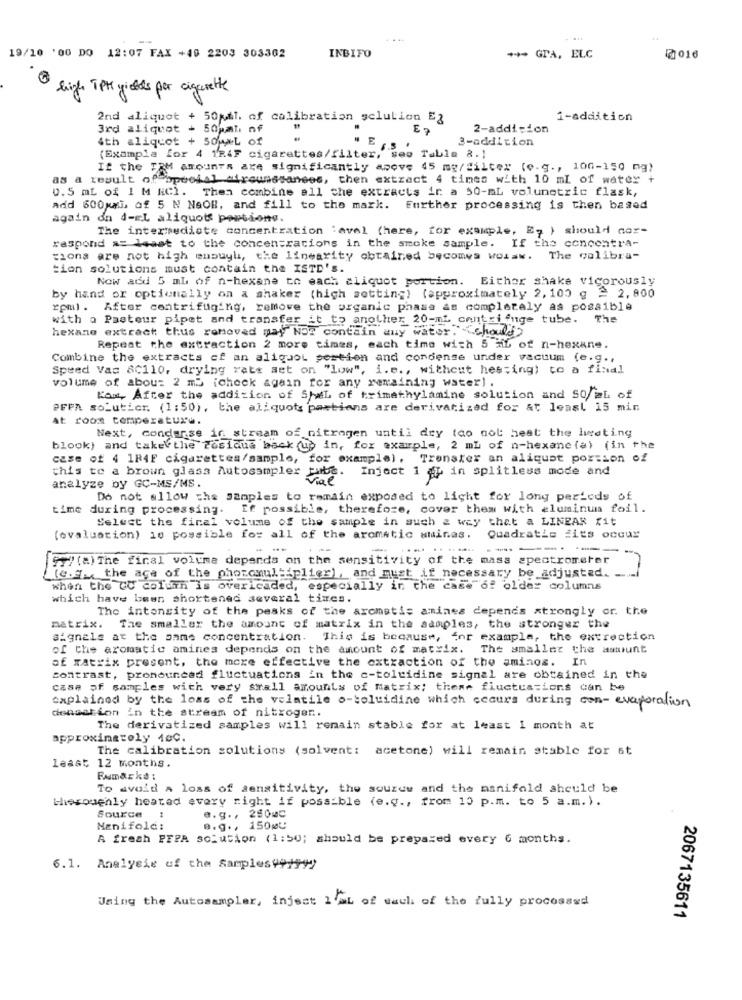
...
INBIFO
19/10 '00 DO 12:07 FAX +40 2203 303362
++- GTA, ELC
2016
high TPH yields por cigarette
2nd aliquet + 50 il. of calibration sclution Eg
1-addition
3rd aliquot + 50pal nf
EP
2-addition
4th aliquot + SoweL of
3-addition
(Example for 4 1R4F cigarettes/filter, seo Table a.)
If the TEM amounts are significantly apove 45 mg/filter (e.g ., 100-150 mg)
as a result of special afreumssanees, then extract 4 times with 10 ml of water +
0.5 ml of I M HCl. Then combine all che extracts in a 50-mL volumetric flask,
add 500xxi, of 5 N NaOB, and fill to the mark. Further processing is then based
again da d-EL aliquots portions.
The intermediate concentration :avel (here, for example, Eq ) should cor-
respond at least to the concentrations in the smoke sample. If the concentra-
tions are not high ensuyh, the linearity obtained becomes wolaw.
The calibra-
tion solutions must contain the ISTD'S.
Now add 5 ml of n-hexane to each aliquot portion. Either shake vigorously
by hand or optionally on a shaker (high setting) (approximately 2, 100 g 2 2, 800
rpm). After centrifuging, remove the organic phase as completely as possible
with a Pasteur pipet and transfer it to another 20-ml centri fuge tube. The
hexano extract thus removed may NOT contain any water" "should)
Repeat the extraction 2 more times, each time with 5 ML of n-hexane.
Combine the extracts of an aliquot pertien and condense under vacuum (e.g .,
Speed Vas 8C110, drying rats set on "low", i.e ., without hes;ing) to a final
volume of about 2 mb (check again for any remaining water) .
Kou, After the addition of SheL of trimathylamine solution and SO/ml of
PFPA so_uticr. (1:50), the ali quot partians are derivatizad for at least 15 min
At room temperature.
Next, condense in stream of nitrogen until dry too not heat the lurating
blook) and take the Posiaus back (up in, for example, 2 mL of n-hexane (a) (in the
case of 4 1R4F cigarettes/sample, for example). Trenster an aliquot portion of
this to a brown glass Autosampler tube. Inject 1 ap in splitless mode and
analyze by GC-MS/MS.
Do not allow the Samples to remain exposed to light for long periods of
time during processing. If possible, therefore, cover them with aluminum foil.
Select the final volume of the sample in such a way that a LINEAR fit
(evaluation) 16 possible for all of the aromatic aminas.
Quadratic fits occur
... ......
--------
"y"(a) The final volume depends on the sensitivity of the mass spectrometer
(e.g ., the age of the phonomultiplier), and must if necessary be adjusted. -
when the UC column is overicaded, especially in the case of older columns
which have been shortened several times.
The intensity of the peaks of the aromatis amines depends strongly or. the
matrix. The smaller the amount of matrix in the samples, the stronger the
signals at the same concentration. This is because, for example, the extrection
of the aromatic amines depends on the amount of matrix. The smaller the astuunt
of xatrix present, the more effective the extraction of the aminos. In
contrast, pronounced fluctuations in the c-toluidine signal are obtained in the
case of samples with very small amounts of Matrix; these fluctuations can be
explained by the loss of the volatile o-toluidine which cecurs during con-evaporation
densation in the stream of nitrogen.
The derivatized samples will remain stable for at least 1 month at
approximately 100.
The calibration solutions (solvent:
acetone) will remain stable for st
least 12 months.
To avoid a loss of sensitivity, the source and the manifold should be
theroughly heated every right if possible (e.g ., from 10 p.m. to 5 a.m.).
Source :
e.g ., 280mc
Manifold:
Ø.9. 150øl
A fresh PFPA solution (1:50; should be prepared every 6 months.
6.1. Analysis of the Samples991947
Using the Autosampler, injest 1'ML of each of the fully processed
2067135611